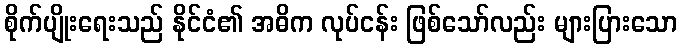
စိုက်ပျိုးရေးသည် နိုင်ငံ၏ အဓိက လုပ်ငန်း ဖြစ်သော်လည်း များပြားသော